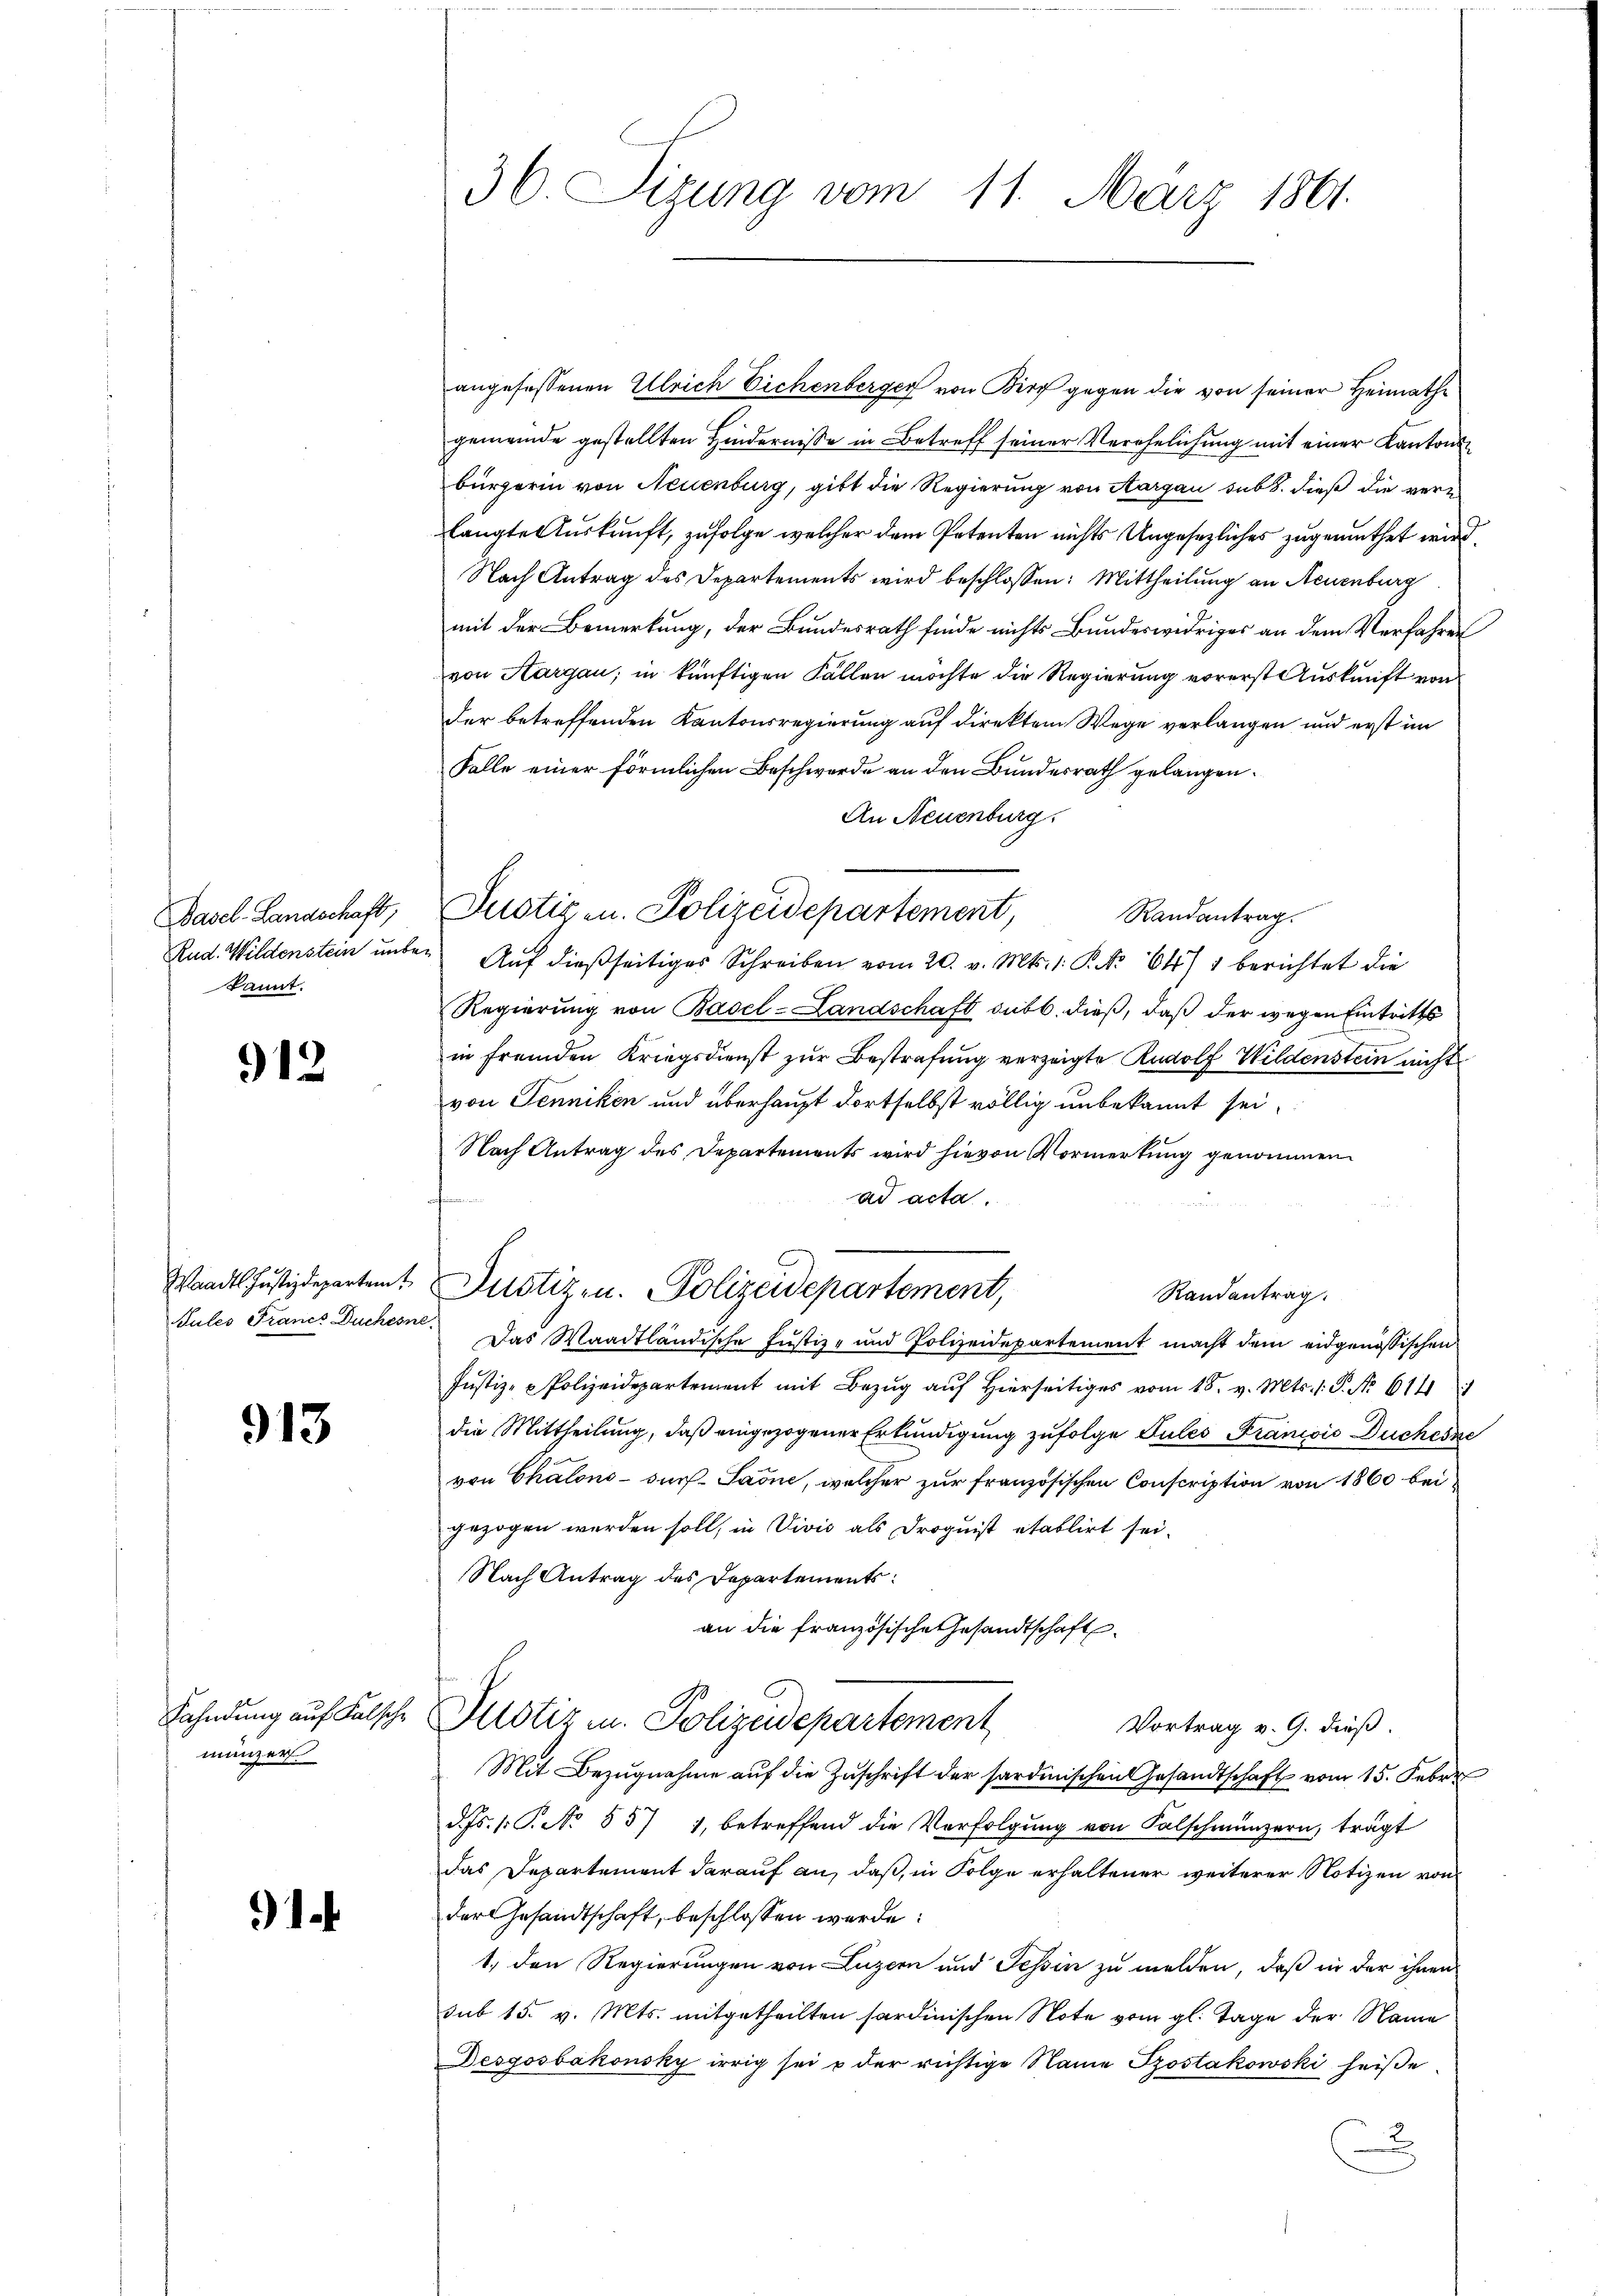
Basel-Landschaft,
Rud. Wildenstein unbe
kannt.

912

Jules Francs Duchesne

913

münzer

1

36. Sizung vom 11. März 1891.

angefassenen Ulrich Eichenberger von Kirch gegen die von seiner Heimathe
gemeinde gestellten Hinderniße in Betreff seiner Verehelichung mit einer Kantonsbürgerin von Neuenburg, gibt die Regierung von Aargau sub 6. dieß die verlangte Auskunft, zufolge welcher dem Petenten nichts Ungesezliches zugemuthet wird,
Nach Antrag des Departements wird beschlossen: Mittheilung an Neuenburg
mit der Bemerkung, der Bundesrath finde nichts Bundeswidriges an dem Verfahren
von Aargau, in künftigen Fällen möchte die Regierung vorerst Auskunft von
der betreffenden Kantonsregierung auf direktem Wege verlangen und erst im
Falle einer förmlichen Beschwerde an den Bundesrath gelangen.
An Neuenburg
" Auf dießseitiges Schreiben vom 20. v. Mts. 1. P. Nr. 6471 berichtet die
Regierung von Basel-Landschaft sub b. dieß, daß der wegen Eintritts
in fremden Kriegsdienst zur Bestrafung verzeigte Rudolf Wildenstein nicht
von Jenniken und überhaupt dortselbst völlig unbekannt sei.
Nach Antrag des Departements wird hievon Vormerkung genommen
ad acta.
Wandes Justizdeparten Justizen. Polizeidepartement,
Randantrag
Das Waadtländische Justiz- und Polizeidepartement macht dem eidgenössischen
Justiz- & Polizeidepartement mit Bezŭg aŭf hierseitiges vom 18. v. Mts. 1. P. Nr. 6111
die Mittheilung, daß eingezogener Erkundigung zufolge Pules Francois Duchesse
von Chalons- sur- Saone, welcher zur französischen Conscription von 1860 bei
gezogen werden soll, in Divis als Droguist etablirt sei.
Nach Antrag des Departements:
an die französische Gesandtschaft
Fahndung auf Falsche Potiz u. Polizeidepartement
Vortrag v. 9. dieß.
Mit Bezugnahme auf die Zuschrift der sardinischen Gesandtschaft vom 15. Feber
d. Js. s. S. No 857 1, betreffend die Verfolgung von Falschmünzern, tragt
das Departement darauf an, daß, in Folge erhaltener weiterer Notizen von
der Gesandtschaft, beschlossen werde:
1., den Regierungen von Luzern und Tessin zu melden, daß in der ihnen
sub 15. v. Mts. mitgetheilten sardinischen Note vom gl. Tage der Name
Desgosbakowsky irrig sei u der richtige Name Postakowski heiße
2

Justizen. Polizeidepartement, Randantrag.